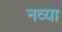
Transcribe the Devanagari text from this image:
नव्‍या